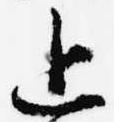
上